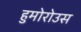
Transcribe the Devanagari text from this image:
हुमोरोउस